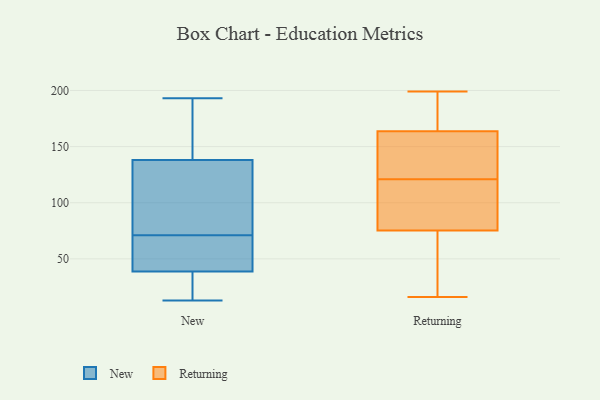
{"axis": {"x": "Budget (USD K)", "y": "Value"}, "legend": ["New", "Returning"], "data": [{"x": "", "y": 186, "type": "New"}, {"x": "", "y": 22, "type": "New"}, {"x": "", "y": 193, "type": "New"}, {"x": "", "y": 71, "type": "New"}, {"x": "", "y": 13, "type": "New"}, {"x": "", "y": 71, "type": "New"}, {"x": "", "y": 38, "type": "New"}, {"x": "", "y": 106, "type": "New"}, {"x": "", "y": 123, "type": "New"}, {"x": "", "y": 143, "type": "New"}, {"x": "", "y": 41, "type": "New"}, {"x": "", "y": 61, "type": "Returning"}, {"x": "", "y": 89, "type": "Returning"}, {"x": "", "y": 166, "type": "Returning"}, {"x": "", "y": 163, "type": "Returning"}, {"x": "", "y": 174, "type": "Returning"}, {"x": "", "y": 199, "type": "Returning"}, {"x": "", "y": 173, "type": "Returning"}, {"x": "", "y": 101, "type": "Returning"}, {"x": "", "y": 16, "type": "Returning"}, {"x": "", "y": 30, "type": "Returning"}, {"x": "", "y": 130, "type": "Returning"}, {"x": "", "y": 31, "type": "Returning"}, {"x": "", "y": 136, "type": "Returning"}, {"x": "", "y": 150, "type": "Returning"}, {"x": "", "y": 121, "type": "Returning"}, {"x": "", "y": 80, "type": "Returning"}, {"x": "", "y": 104, "type": "Returning"}]}